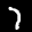
Label: 7